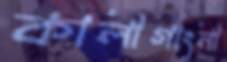
কালীগাংনী